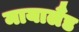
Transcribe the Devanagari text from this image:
मायालैंड